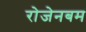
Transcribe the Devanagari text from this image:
रोजेनबम